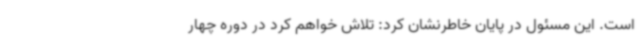
است. این مسئول در پایان خاطرنشان کرد: تلاش خواهم کرد در دوره چهار